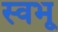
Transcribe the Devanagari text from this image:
स्वभू